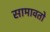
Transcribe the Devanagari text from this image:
सामावतो